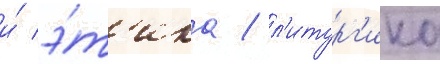
и́ э́т'ика / л'итург'ика